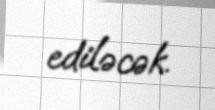
ediləcək.